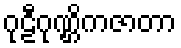
ဂုဠီဂုဏ္ဌိကဇာတာ